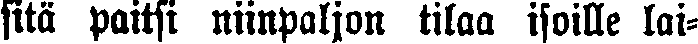
sitä paitsi niinpaljon tilaa isoille lai-